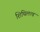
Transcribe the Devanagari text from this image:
शिथिलत्व